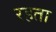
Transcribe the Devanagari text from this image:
रहता